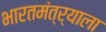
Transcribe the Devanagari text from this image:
भारतमंत्र्याला